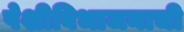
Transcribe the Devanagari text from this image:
पेशीविभाजनाची